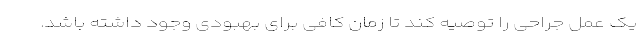
یک عمل جراحی را توصیه کند تا زمان کافی برای بهبودی وجود داشته باشد.